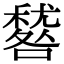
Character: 𥢑